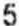
5